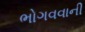
ભોગવવાની